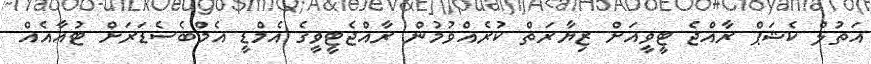
އަތުލް ކެޝަޕް ރާއްޖެ ޓީވީއަށް ޒިޔާރަތް ކުރެއްވުމުން ރާއްޖެޓީވީގެ އެމްޑީ އެމްބެސެޑަރަށް ޓުއާއެއް